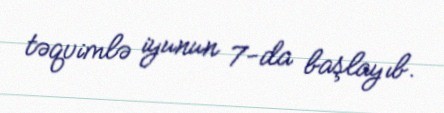
təqvimlə iyunun 7-da başlayıb.